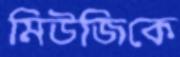
মিউজিকে